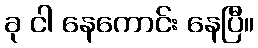
ခု ငါ နေကောင်း နေပြီ။